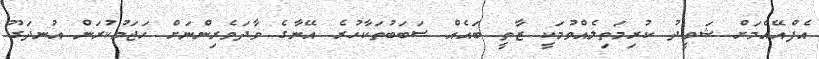
އެފްއޭއެމަށް ޝަވީދު ކުރިމަތިލެއްވުމަކީ ޒާތީ ބައެއް ސަބަބުތަކާހުރެ އޭނާގެ ވާދަވެރިންނަށް ހަޖަމުކުރަން އުނދަގޫ